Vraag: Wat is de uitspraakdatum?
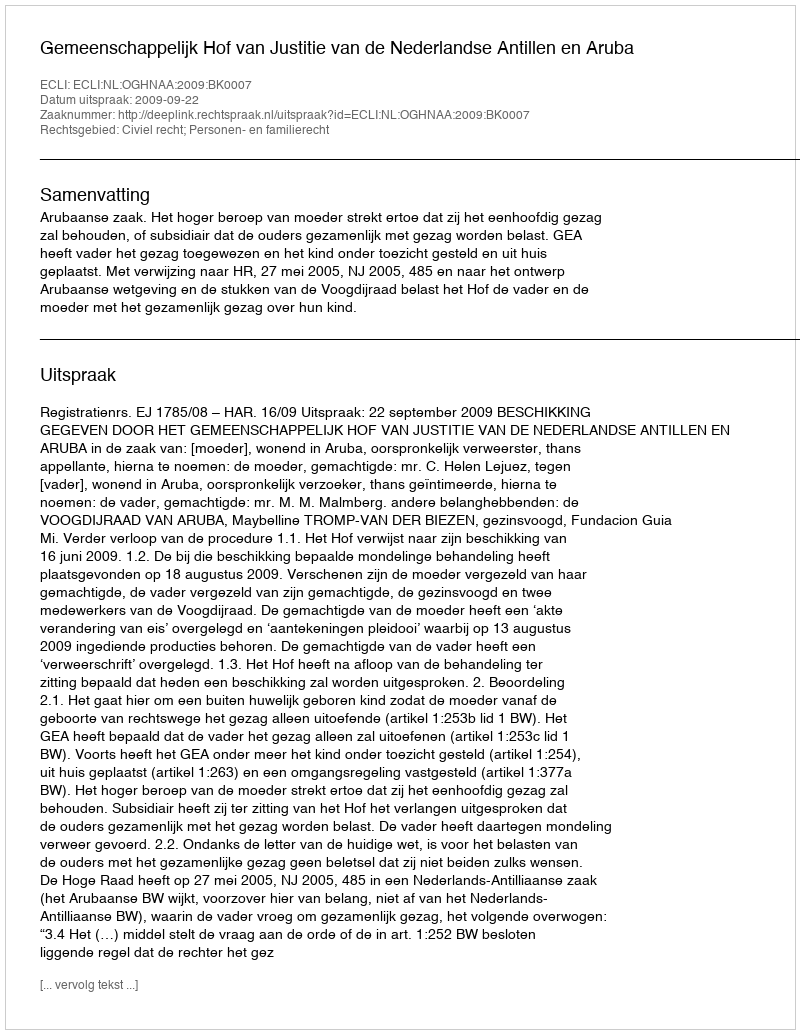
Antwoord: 2009-09-22